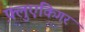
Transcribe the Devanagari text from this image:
फ़्लुएकिगर